Civil Veterinary Department Bihar & Orissa reports 1922-29 - 1922-1929
Year: 1922
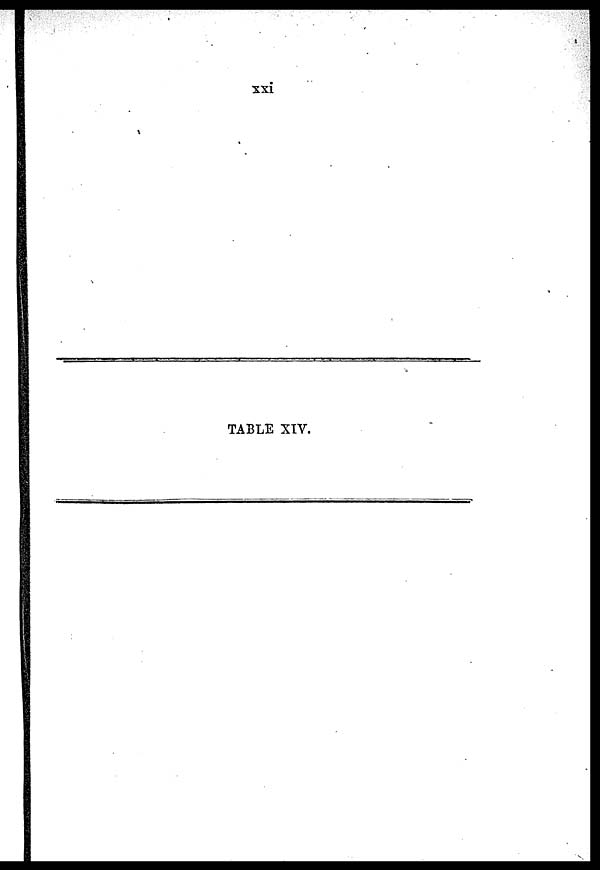
xxi
TABLE XIV.